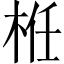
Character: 栣